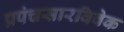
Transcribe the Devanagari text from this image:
प्रपंचसारविवेक